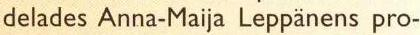
delades Anna-Maija Leppänens pro-